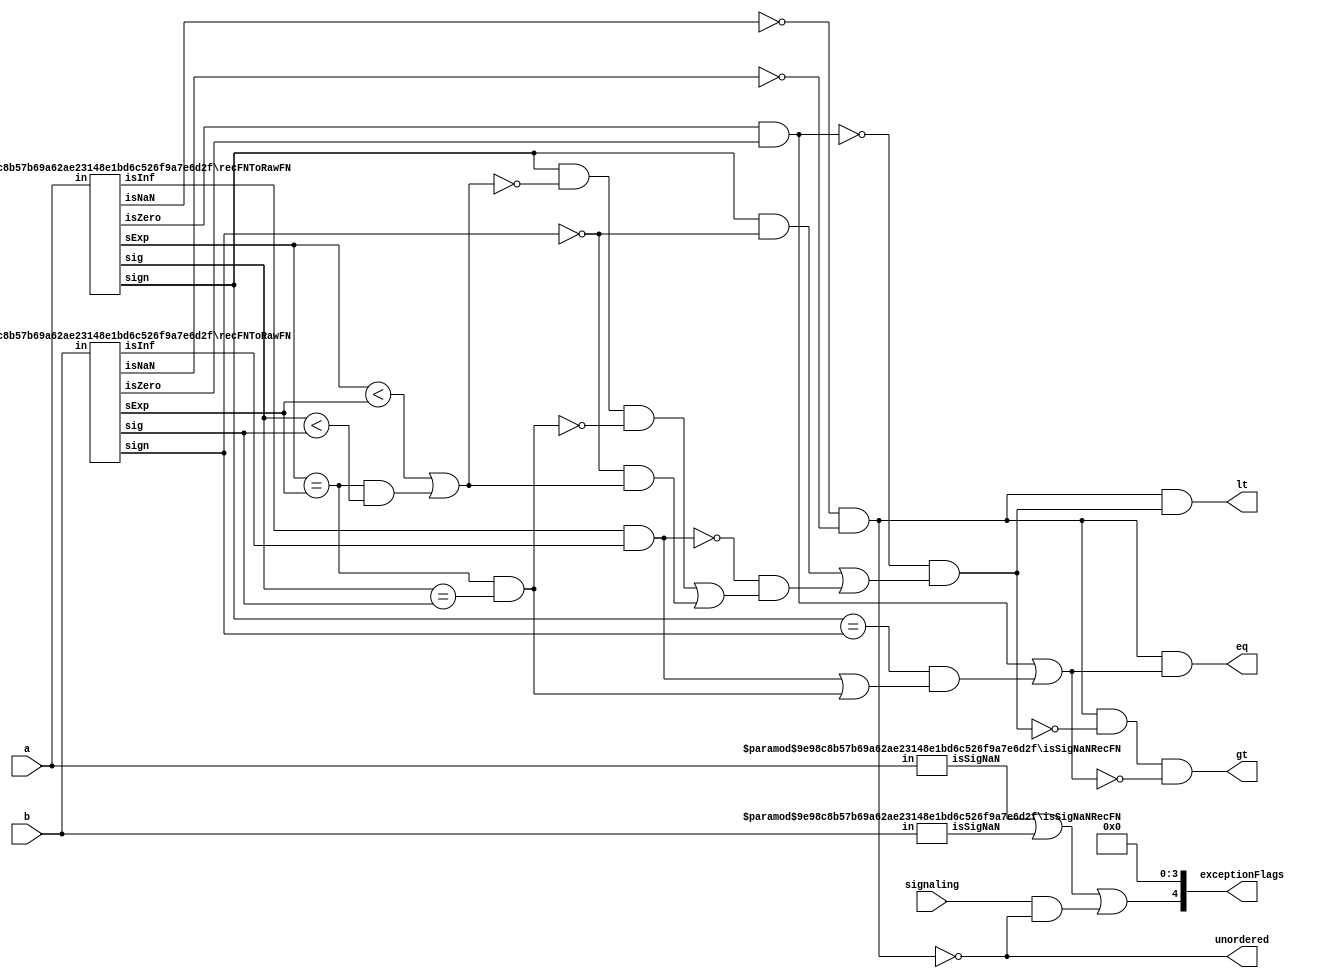
`define DEFINES_DONE
`define EXPONENT 5
`define MANTISSA 10
`define SIGN 1
`define DATAWIDTH (`SIGN+`EXPONENT+`MANTISSA)
`define IEEE_COMPLIANCE 1
`define NUM 8
`define ADDRSIZE 7
`define ADDRSIZE_FOR_TB 10
`define EXPONENT 5
`define MANTISSA 10
`define ACTUAL_MANTISSA 11
`define EXPONENT_LSB 10
`define EXPONENT_MSB 14
`define MANTISSA_LSB 0
`define MANTISSA_MSB 9
`define MANTISSA_MUL_SPLIT_LSB 3
`define MANTISSA_MUL_SPLIT_MSB 9
`define SIGN 1
`define SIGN_LOC 15
`define DWIDTH (`SIGN+`EXPONENT+`MANTISSA)
`define IEEE_COMPLIANCE 1
`define EXPONENT 5
`define MANTISSA 10
`define ACTUAL_MANTISSA 11
`define EXPONENT_LSB 10
`define EXPONENT_MSB 14
`define MANTISSA_LSB 0
`define MANTISSA_MSB 9
`define MANTISSA_MUL_SPLIT_LSB 3
`define MANTISSA_MUL_SPLIT_MSB 9
`define SIGN 1
`define SIGN_LOC 15
`define DWIDTH (`SIGN+`EXPONENT+`MANTISSA)
`define IEEE_COMPLIANCE 1
`define EXPONENT 5
`define MANTISSA 10
`define ACTUAL_MANTISSA 11
`define EXPONENT_LSB 10
`define EXPONENT_MSB 14
`define MANTISSA_LSB 0
`define MANTISSA_MSB 9
`define MANTISSA_MUL_SPLIT_LSB 3
`define MANTISSA_MUL_SPLIT_MSB 9
`define SIGN 1
`define SIGN_LOC 15
`define DWIDTH (`SIGN+`EXPONENT+`MANTISSA)
`define IEEE_COMPLIANCE 1

module compareRecFN_Fp16(
  a,
  b,
  signaling,
  lt,
  eq,
  gt,
  unordered,
  exceptionFlags
  );
  //parameter expWidth = 5;
  //parameter sigWidth = 11;
  
  input [(5 + 11):0] a;
  input [(5 + 11):0] b;
  input signaling;
  output lt;
  output eq;
  output gt;
  output unordered;
  output [4:0] exceptionFlags;
   

    wire isNaNA, isInfA, isZeroA, signA;
    wire [(5 + 1):0] sExpA;
    wire [11:0] sigA;
    recFNToRawFN#(5, 11)  recFNToRawFN_a(
      .in(a), 
      .isNaN(isNaNA), 
      .isInf(isInfA), 
      .isZero(isZeroA), 
      .sign(signA), 
      .sExp(sExpA), 
      .sig(sigA)
      );
    wire isSigNaNA;
    isSigNaNRecFN#(5, 11) isSigNaN_a(.in(a), .isSigNaN(isSigNaNA));
    wire isNaNB, isInfB, isZeroB, signB;
    wire [(5 + 1):0] sExpB;
    wire [11:0] sigB;
    recFNToRawFN#(5, 11) recFNToRawFN_b(
      .in(b), 
      .isNaN(isNaNB), 
      .isInf(isInfB), 
      .isZero(isZeroB), 
      .sign(signB), 
      .sExp(sExpB), 
      .sig(sigB)
      );
    wire isSigNaNB;
    isSigNaNRecFN#(5, 11) isSigNaN_b(.in(b), .isSigNaN(isSigNaNB));
   
    wire ordered = !isNaNA && !isNaNB;
    wire bothInfs  = isInfA  && isInfB;
    wire bothZeros = isZeroA && isZeroB;
    wire eqExps = (sExpA == sExpB);
    wire common_ltMags = (sExpA < sExpB) || (eqExps && (sigA < sigB));
    wire common_eqMags = eqExps && (sigA == sigB);
    wire ordered_lt =
        !bothZeros
            && ((signA && !signB)
                    || (!bothInfs
                            && ((signA && !common_ltMags && !common_eqMags)
                                    || (!signB && common_ltMags))));
    wire ordered_eq =
        bothZeros || ((signA == signB) && (bothInfs || common_eqMags));
    
    
    wire invalid = isSigNaNA || isSigNaNB || (signaling && !ordered);
    assign lt = ordered && ordered_lt;
    assign eq = ordered && ordered_eq;
    assign gt = ordered && !ordered_lt && !ordered_eq;
    assign unordered = !ordered;
    assign exceptionFlags = {invalid, 4'b0};

endmodule
module  isSigNaNRecFN(in, isSigNaN);

  parameter expWidth = 3;
  parameter sigWidth = 3;
  
  input [(expWidth + sigWidth):0] in;
  output isSigNaN;

    wire isNaN =
        (in[(expWidth + sigWidth - 1):(expWidth + sigWidth - 3)] == 'b111);
    assign isSigNaN = isNaN && !in[sigWidth - 2];

endmodule
module recFNToRawFN(
  in,
  isNaN,
  isInf,
  isZero,
  sign,
  sExp,
  sig
  );
  
  parameter expWidth = 3;
  parameter sigWidth = 3;
  
  input [(expWidth + sigWidth):0] in;
  output isNaN;
  output isInf;
  output isZero;
  output sign;
  output [(expWidth + 1):0] sExp;
  output [sigWidth:0] sig;

    
    wire [expWidth:0] exp;
    wire [(sigWidth - 2):0] fract;
    assign {sign, exp, fract} = in;
    wire isSpecial = (exp>>(expWidth - 1) == 'b11);
    
    
    assign isNaN = isSpecial &&  exp[expWidth - 2];
    assign isInf = isSpecial && !exp[expWidth - 2];
    assign isZero = (exp>>(expWidth - 2) == 'b000);
    assign sExp = exp;
    assign sig = {1'b0, !isZero, fract};

endmodule